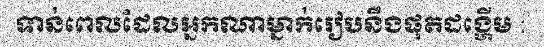
ទាន់ពេលដែលអ្នកណាម្នាក់រៀបនឹងផុតដង្ហើម :